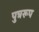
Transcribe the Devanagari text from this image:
पुत्ररूप